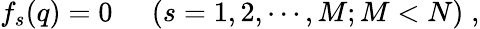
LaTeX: f_{s}(q)=0\; \; \; \; \; (s=1,2,\cdots,M;M<N)\; ,